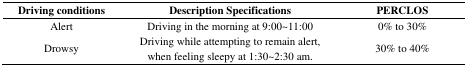
| Driving conditions | Description Specifications | PERCLOS |
 | --- | --- | --- |
 | Alert | Driving in the morning at 9:00∼11:00 | 0% to 30% |
 | Drowsy | Driving while attempting to remain alert, when feeling sleepy at 1:30∼2:30 am. | 30% to 40% |